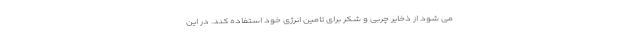
می شود از ذخایر چربی و شکر برای تامین انرژی خود استفاده کند. در این